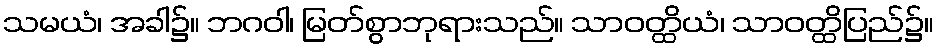
သမယံ၊ အခါ၌။ ဘဂဝါ၊ မြတ်စွာဘုရားသည်။ သာဝတ္ထိယံ၊ သာဝတ္ထိပြည်၌။